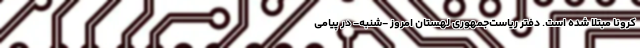
کرونا مبتلا شده است. دفتر ریاست‌جمهوری لهستان امروز -‌شنبه- در پیامی